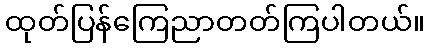
ထုတ်ပြန်ကြေညာတတ်ကြပါတယ်။